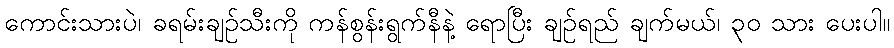
ကောင်းသားပဲ၊ ခရမ်းချဉ်သီးကို ကန်စွန်းရွက်နီနဲ့ ရောပြီး ချဉ်ရည် ချက်မယ်၊ ၃၀ သား ပေးပါ။